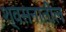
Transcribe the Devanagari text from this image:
श्वसनातील